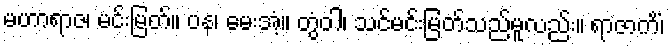
မဟာရာဇ၊ မင်းမြတ်။ ပန၊ မေးအံ့။ တွံဝါ၊ သင်မင်းမြတ်သည်မူလည်း။ ရာဇာကိံ၊